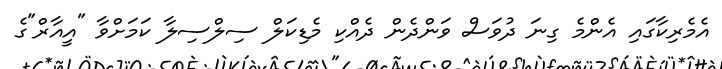
އެމެރިކާގައި އެންމެ ގިނަ ދުވަސް ވަންދެން ދެއްކި މެޑިކަލް ސިލްސިލާ ކަމަށްވާ "އީއާރް"ގެ